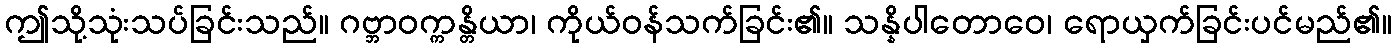
ဤသို့သုံးသပ်ခြင်းသည်။ ဂဗ္ဘာဝက္ကန္တိယာ၊ ကိုယ်ဝန်သက်ခြင်း၏။ သန္နိပါတောဝေ၊ ရောယှက်ခြင်းပင်မည်၏။